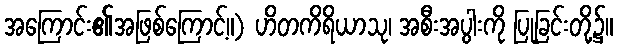
အကြောင်း၏အဖြစ်ကြောင့်။) ဟိတကိရိယာသု၊ အစီးအပွါးကို ပြုခြင်းတို့၌။